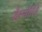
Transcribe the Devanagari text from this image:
डैस्योरिडे